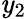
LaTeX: \mathit{y}_{2}